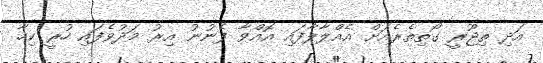
އަދި ތިޖޫރީ ގޯތިތެރެއަށް އެއްލާލާފައި އޮއްވާ ފެނުނު އިރު މަދުވެފައި ހުރީ ކިހާ